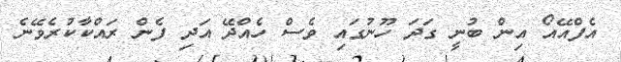
އެފްއޭއޯ އިން ބުނީ ގަދަ ހޫނުގައި ވެސް ހެއްދޭ އަދި ފެން ރައްކާކުރެވޭނެ